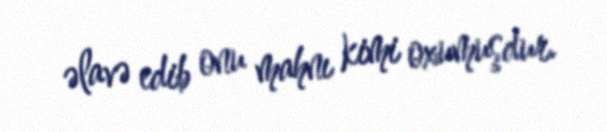
əlavə edib onu mahnı kimi oxumuşdur.